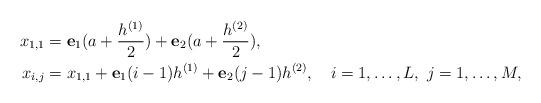
LaTeX: \begin{align*}x_{1,1} &= \mathbf{e}_1(a+\frac{h^{(1)}}{2}) + \mathbf{e}_2(a+\frac{h^{(2)}}{2}),\\x_{i,j} &= x_{1,1} + \mathbf{e}_1(i-1)h^{(1)} + \mathbf{e}_2(j-1)h^{(2)},&i=1,\dots,L,~j=1,\dots,M,\end{align*}